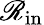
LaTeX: \mathscr{R}_{\mathrm{{in}}}